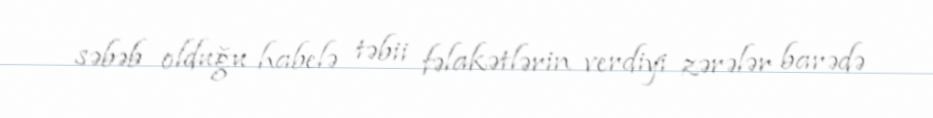
səbəb olduğu habelə təbii fəlakətlərin verdiyi zərələr barədə